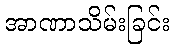
အာဏာသိမ်းခြင်း